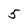
Character: 5